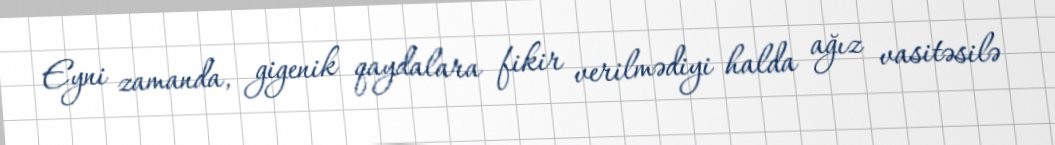
Eyni zamanda, gigenik qaydalara fikir verilmədiyi halda ağız vasitəsilə